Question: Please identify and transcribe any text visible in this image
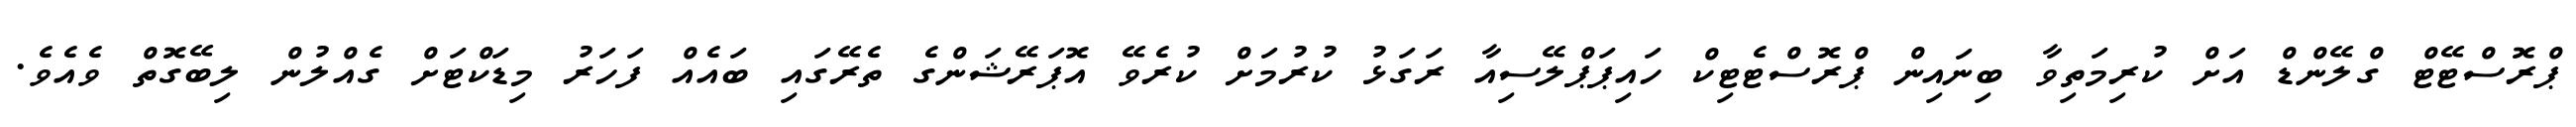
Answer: ޕްރޮސްޓޭޓް ގްލޭންޑް އަށް ކުރިމަތިވާ ބިނައިން ޕްރޮސްޓެޓިކް ހައިޕަޕްލޭސިއާ ރަގަޅު ކުރުމަށް ކުރެވޭ އޮޕަރޭޝަންގެ ތެރޭގައި ބައެއް ފަހަރު މިޑަކްޓަށް ގެއްލުން ލިބޭގޮތް ވެއެވެ.